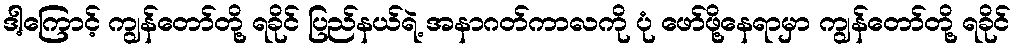
ဒါ့ကြောင့် ကျွန်တော်တို့ ရခိုင် ပြည်နယ်ရဲ့ အနာဂတ်ကာလကို ပုံ ဖော်ဖို့နေရာမှာ ကျွန်တော်တို့ ရခိုင်